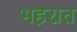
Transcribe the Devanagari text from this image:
भहरात